Report of the Indian Hemp Drugs Commission, 1894-1895 - Volume IV
Year: 1894
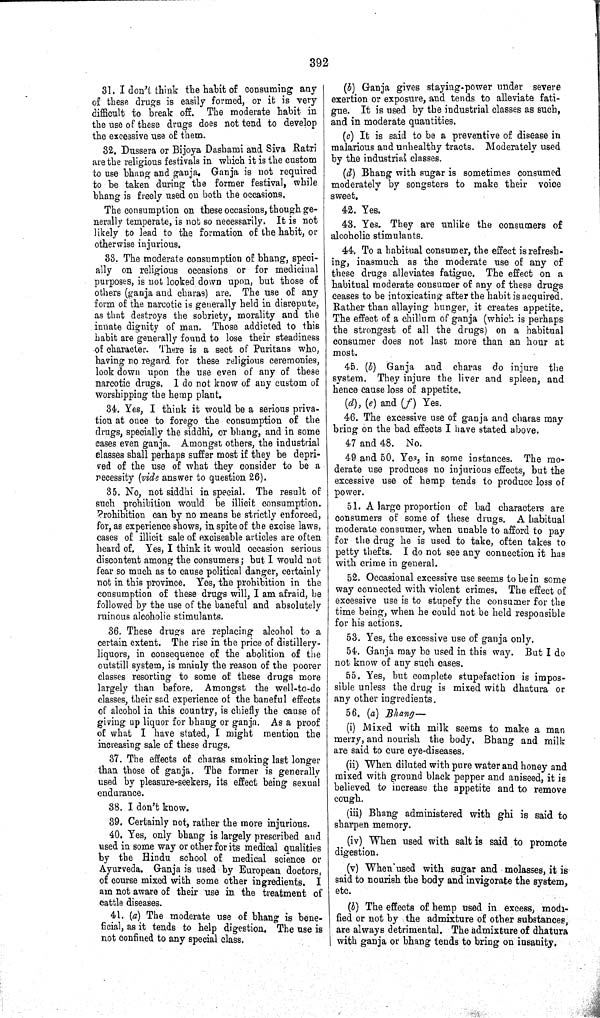
392
31. I don't think the habit of consuming any
of these drugs is easily formed, or it is very
difficult to break off. The moderate habit in
the use of these drugs does not tend to develop
the excessive use of them.
32. Dussera or Bijoya Dashami and Siva Ratri
are the religious festivals in which it is the custom
to use bhang and ganja. Ganja is not required
to be taken during the former festival, while
bhang is freely used on both the occasions,
The consumption on these occasions, though ge-
nerally temperate, is not so necessarily. It is not
likely to lead to the formation of the habit, or
otherwise injurious.
33. The moderate consumption of bhang, speci-
ally on religious occasions or for medicinal
purposes, is not looked down upon, but those of
others (ganja and charas) are. The use of any
form of the narcotic is generally held in disrepute,
as that destroys the sobriety, morality and the
innate dignity of man. Those addicted to this
habit are generally found to lose their steadiness
of character. There is a sect of Puritans who,
having no regard for these religious ceremonies,
look down upon the use even of any of these
narcotic drugs. I do not know of any custom of
worshipping the hemp plant.
34. Yes, I think it would be a serious priva-
tion at once to forego the consumption of the
drugs, specially the siddhi, or bhang, and in some
cases even ganja. Amongst others, the industrial
classes shall perhaps suffer most if they be depri-
ved of the use of what they consider to be a
necessity (vide answer to question 26).
35. No, not siddhi in special. The result of
such prohibition would be illicit consumption.
Prohibition can by no means be strictly enforced,
for, as experience shows, in spite of the excise laws,
cases of illicit sale of exciseable articles are often
heard of. Yes, I think it would occasion serious
discontent among the consumers; but I would not
fear so much as to cause political danger, certainly
not in this province. Yes, the prohibition in the
consumption of these drugs will, I am afraid, be
followed by the use of the baneful and absolutely
ruinous alcoholic stimulants.
36. These drugs are replacing alcohol to a
certain extent. The rise in the price of distillery-
liquors, in consequence of the abolition of the
outstill system, is mainly the reason of the poorer
classes resorting to some of these drugs more
largely than before. Amongst the well-to-do
classes, their sad experience of the baneful effects
of alcohol in this country, is chiefly the cause of
giving up liquor for bhang or ganja. As a proof
of what I have stated, I might mention the
increasing sale of these drugs.
37. The effects of charas smoking last longer
than those of ganja. The former is generally
used by pleasure-seekers, its effect being sexual
endurance.
38. I don't know.
39. Certainly not, rather the more injurious.
40. Yes, only bhang is largely prescribed and
used in some way or other for its medical qualities
by the Hindu school of medical science or
Ayurveda. Ganja is used by European doctors,
of course mixed with some other ingredients. I
am not aware of their use in the treatment of
cattle diseases.
41. (a) The moderate use of bhang is bene-
ficial, as it tends to help digestion. The use is
not confined to any special class.
(b) Ganja gives staying-power under severe
exertion or exposure, and tends to alleviate fati-
gue. It is used by the industrial classes as such,
and in moderate quantities.
(c) It is said to be a preventive of disease in
malarious and unhealthy tracts. Moderately used
by the industrial classes.
(d) Bhang with sugar is sometimes consumed
moderately by songsters to make their voice
sweet.
42. Yes.
43. Yes. They are unlike the consumers of
alcoholic stimulants.
44. To a habitual consumer, the effect is refresh-
ing, inasmuch as the moderate use of any of
these drugs alleviates fatigue. The effect on a
habitual moderate consumer of any of these drugs
ceases to be intoxicating after the habit is acquired.
Rather than allaying hunger, it creates appetite.
The effect of a chillum of ganja (which is perhaps
the strongest of all the drugs) on a habitual
consumer does not last more than an hour at
most.
45. (b) Ganja and charas do injure the
system. They injure the liver and spleen, and
hence cause loss of appetite.
(d), (e) and (f) Yes.
46. The excessive use of ganja and charas may
bring on the bad effects I have stated above.
47 and 48. No.
49 and 50. Yes, in some instances. The mo-
derate use produces no injurious effects, but the
excessive use of hemp tends to produce loss of
power.
51. A large proportion of bad characters are
consumers of some of these drugs. A habitual
moderate consumer, when unable to afford to pay
for the drug he is used to take, often takes to
petty thefts. I do not see any connection it has
with crime in general.
52. Occasional excessive use seems to be in some
way connected with violent crimes. The effect of
excessive use is to stupefy the consumer for the
time being, when he could not be held responsible
for his actions.
53. Yes, the excessive use of ganja only.
54. Ganja may be used in this way. But I do
not know of any such cases.
55. Yes, but complete stupefaction is impos-
sible unless the drug is mixed with dhatura or
any other ingredients.
56. (a) Bhang—
(i) Mixed with milk seems to make a man
merry, and nourish the body. Bhang and milk
are said to cure eye-diseases.
(ii) When diluted with pure water and honey and
mixed with ground black pepper and aniseed, it is
believed to increase the appetite and to remove
cough.
(iii) Bhang administered with ghi is said to
sharpen memory.
(iv) When used with salt is said to promote
digestion.
(v) When used with sugar and molasses, it is
said to nourish the body and invigorate the system,
etc.
(b) The effects of hemp used in excess, modi-
fied or not by the admixture of other substances,
are always detrimental. The admixture of dhatura
with ganja or bhang tends to bring on insanity.